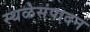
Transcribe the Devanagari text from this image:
स्थळेसंपादन